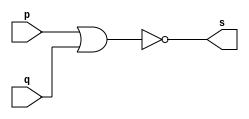
// ------------------------- 
// Exemplo0007 - NOR 
// Nome: Leonardo Machado Decina	
// ------------------------- 
// ------------------------- 
// -- nor gate 
// ------------------------- 
module norgate ( output s, 
input p, q); 
assign s = ~(p | q); 
endmodule // norgate 
// --------------------- 
// -- test nor gate 
// --------------------- 
module testnorgate; 
// ------------------------- dados locais 
reg a, b; // definir registradores 
wire s; // definir conexao (fio) 
// ------------------------- instancia 
norgate NOR1 (s, a, b); 
// ------------------------- preparacao 
initial begin:start 
// atribuicao simultanea 
// dos valores iniciais 
a=0; b=0; 
end 
// ------------------------- parte principal 
initial begin 
$display("Exemplo0007 - Leonardo Machado Decina - 451588"); 
$display("Test NOR gate"); 
$monitor("%d\t%b = %b", a, b, s);
#1 a=0;b=1;
#1 a=1;b=1;
#1 a=1;b=0;
#1 a=0;b=0; 

end 
endmodule // testnorgate